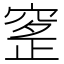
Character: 𥦰